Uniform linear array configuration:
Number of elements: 64
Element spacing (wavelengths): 0.5
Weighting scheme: hamming
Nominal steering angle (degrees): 0
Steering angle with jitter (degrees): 0.1558
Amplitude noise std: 0.05
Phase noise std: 0.05

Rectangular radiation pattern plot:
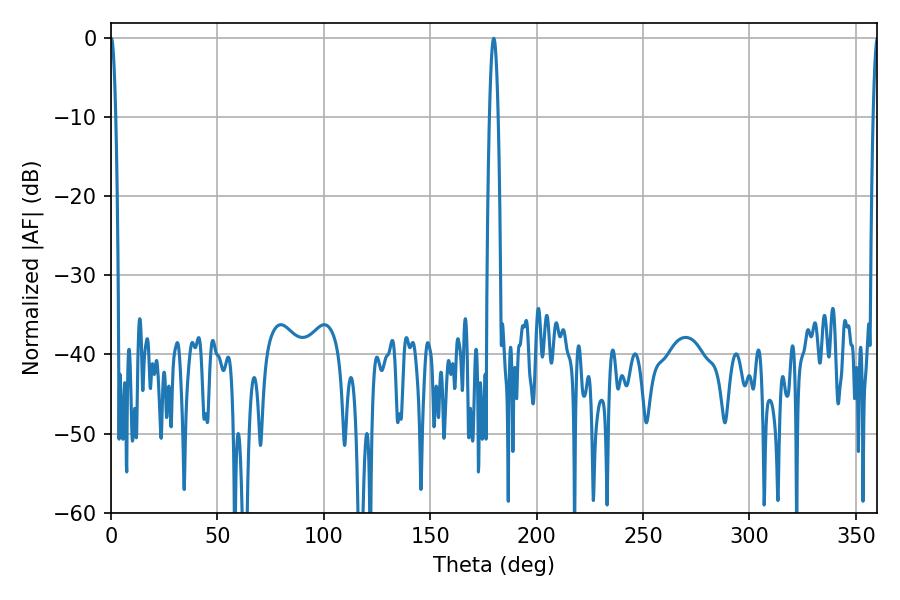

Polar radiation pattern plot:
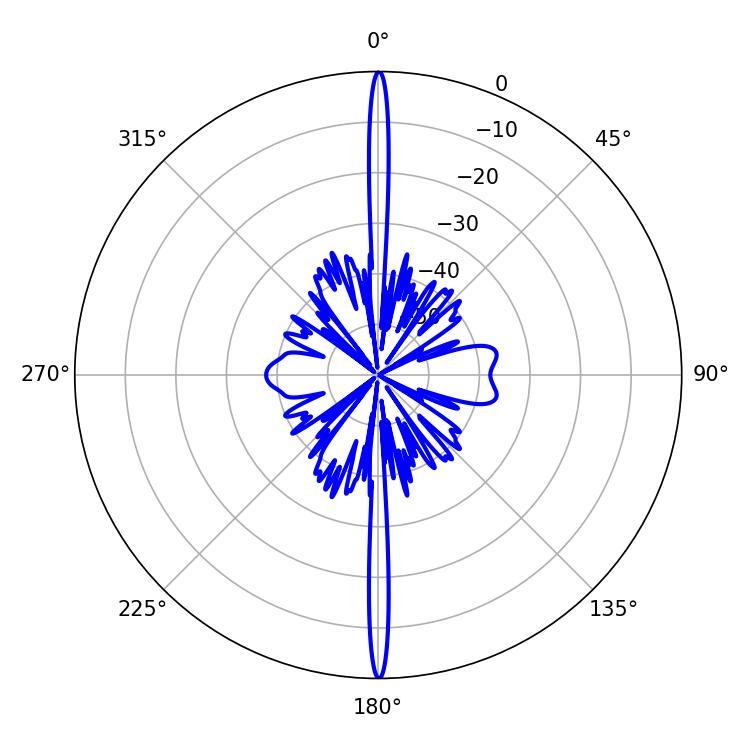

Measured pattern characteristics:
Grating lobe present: FALSE
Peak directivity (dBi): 39.026
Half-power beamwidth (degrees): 1.26
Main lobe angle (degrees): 0.18